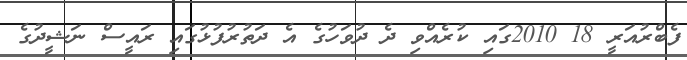
ފެބްރުއަރީ 18 2010ގައި ކުރެއްވި ދެ ދުވަހުގެ އެ ދަތުރުފުޅުގައި ރައީސް ނަޝީދުގެ